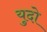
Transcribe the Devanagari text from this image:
युदो